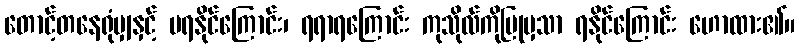
တောင့်တနေရုံမျှနှင့် မရနိုင်ကြောင်း၊ ရရာရကြောင်း ကုသိုလ်ကိုပြုမှသာ ရနိုင်ကြောင်း ဟောထား၏။